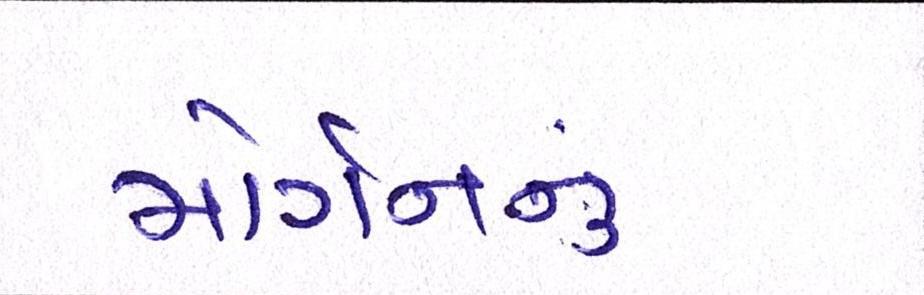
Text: મોર્ગનનું